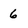
Character: 6